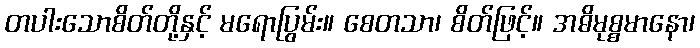
တပါးသောစိတ်တို့နှင့် မရောပြွမ်း။ စေတသာ၊ စိတ်ဖြင့်။ အဓိမုစ္စမာနော၊